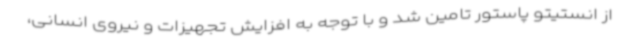
از انستیتو پاستور تامین شد و با توجه به افزایش تجهیزات و نیروی انسانی،